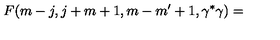
F ( m - j , j + m + 1 , m - m ^ { \prime } + 1 , \gamma ^ { * } \gamma ) =